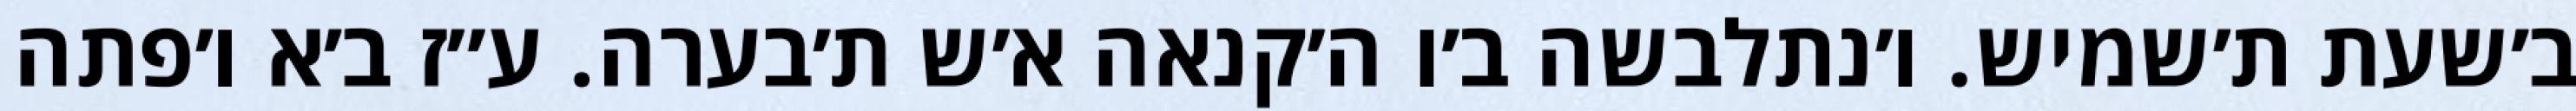
ב׳שעת ת׳שמיש. ו׳נתלבשה ב׳ו ה׳קנאה א׳ש ת׳בערה. ע״ז ב׳א ו׳פתה